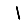
Digit: 1